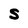
Character: S